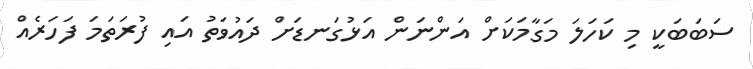
ސަބަބަކީ މި ކަހަލަ މަގާމަކަށް އަންނަން އަޅުގަނޑަށް ދައުވަތު އައި ފުރަތަމަ ފަހަރެއް